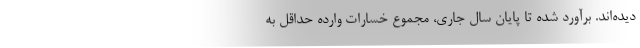
دیده‌اند. برآورد شده تا پایان سال جاری، مجموع خسارات وارده حداقل به